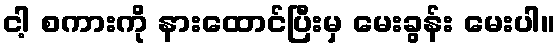
ငါ့ စကားကို နားထောင်ပြီးမှ မေးခွန်း မေးပါ။